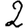
Digit: 2